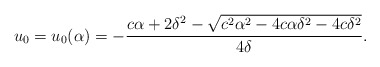
\begin{align*}u_0=u_0(\alpha)=-\frac{c\alpha+2\delta^2-\sqrt{c^2\alpha^2-4c\alpha\delta^2-4c\delta^2}}{4\delta}.\end{align*}